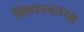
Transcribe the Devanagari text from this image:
शिवरुद्रप्पा